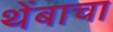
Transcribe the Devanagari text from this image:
थेंबाचा